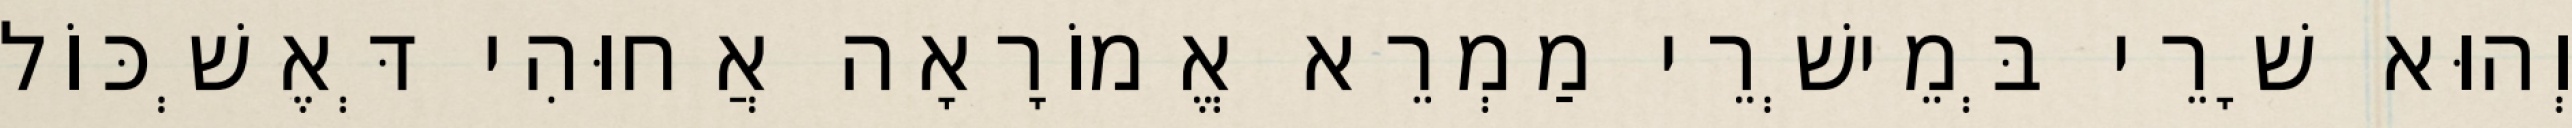
וְהוּא שָׁרֵי בְּמֵישְׁרֵי מַמְרֵא אֱמוֹרָאָה אֲחוּהִי דְּאֶשְׁכּוֹל